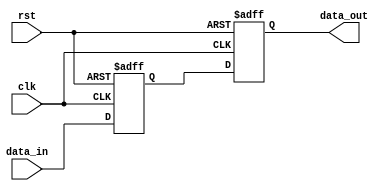
module reset_condition_block (
    input wire clk,          // Clock input
    input wire rst,          // Reset input (active-high)
    input wire [7:0] data_in, // Example data input
    output reg [7:0] data_out // Example data output
);

    // Internal state variable
    reg [7:0] internal_state;

    // Synchronous Reset Logic
    always @(posedge clk or posedge rst) begin
        if (rst) begin
            // State Initialization on reset
            internal_state <= 8'b0; // Reset state to zero
            data_out <= 8'b0;       // Reset output to zero
        end else begin
            // Normal operation (example logic)
            internal_state <= data_in; // Example operation
            data_out <= internal_state; // Pass internal state to output
        end
    end

    // Asynchronous Reset Logic (optional)
    // Uncomment below for asynchronous reset behavior
    /*
    always @(posedge clk) begin
        if (rst) begin
            // Asynchronous reset
            internal_state <= 8'b0; // Reset state to zero
            data_out <= 8'b0;       // Reset output to zero
        end else begin
            // Normal operation (example logic)
            internal_state <= data_in; // Example operation
            data_out <= internal_state; // Pass internal state to output
        end
    end
    */

endmodule